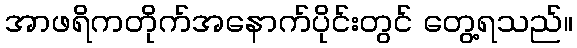
အာဖရိကတိုက်အနောက်ပိုင်းတွင် တွေ့ရသည်။